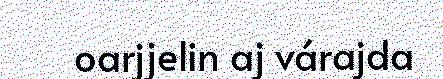
oarjjelin aj várajda